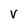
Character: V